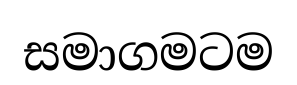
සමාගමටම